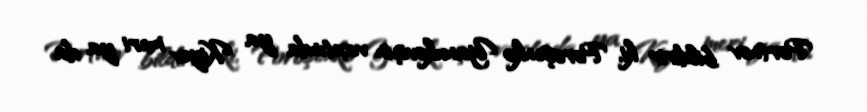
Portnov bildirir ki, Poroşenko Yanukoviçin vaxtında ya Kiyev meri ya da